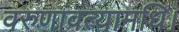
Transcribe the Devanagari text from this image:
वरुणावत्यामधि।